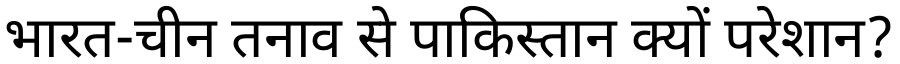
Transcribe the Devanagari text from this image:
भारत-चीन तनाव से पाकिस्तान क्यों परेशान?